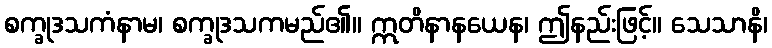
စက္ခုဒသကံနာမ၊ စက္ခုဒသကမည်၏။ ဣတိနာနယေန၊ ဤနည်းဖြင့်။ သေသာနိ၊